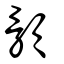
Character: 顝